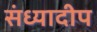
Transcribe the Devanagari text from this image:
संध्यादीप